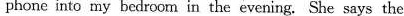
phone into my bedroom in the evening.She says the